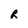
Character: R